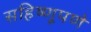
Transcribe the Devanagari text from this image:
सहिष्णूपणे